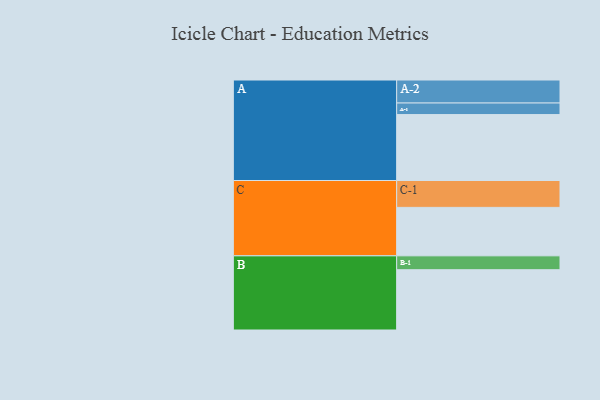
{"axis": {"x": "Segment", "y": "Value"}, "legend": ["", "A", "B", "C"], "data": [{"x": "A", "y": 513, "type": ""}, {"x": "B", "y": 469, "type": ""}, {"x": "C", "y": 377, "type": ""}, {"x": "A-1", "y": 90, "type": "A"}, {"x": "A-2", "y": 179, "type": "A"}, {"x": "B-1", "y": 108, "type": "B"}, {"x": "C-1", "y": 209, "type": "C"}]}